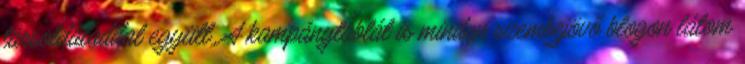
társoldaladdal együtt. A kampánytáblát is minden szembejövő blogon látom